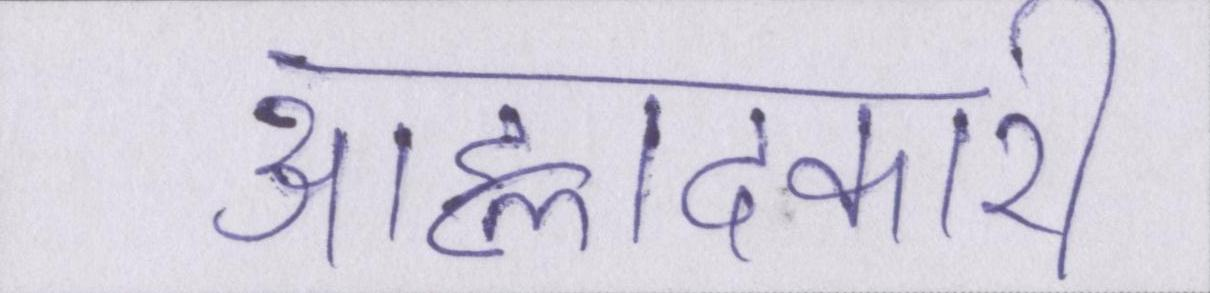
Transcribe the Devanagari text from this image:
आह्लादकारी